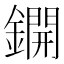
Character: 鐦